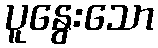
ပူနွေးသော